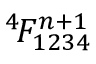
^ 4 \! F _ { 1 2 3 4 } ^ { n + 1 }